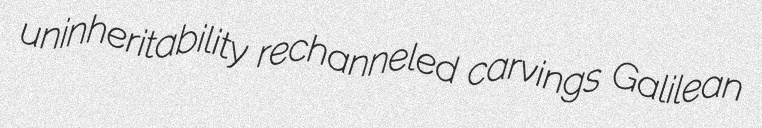
uninheritability rechanneled carvings Galilean